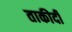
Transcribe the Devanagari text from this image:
ताकीदी